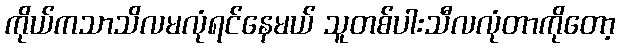
ကိုယ်ကသာသိလမလုံရင်နေမယ် သူတစ်ပါးသီလလုံတာကိုတော့